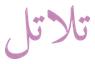
تلاتل